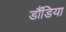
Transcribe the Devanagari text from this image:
डौंडिया